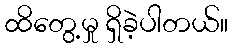
ထိတွေ့မှု ရှိခဲ့ပါတယ်။